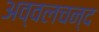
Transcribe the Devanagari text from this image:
अव्वलचन्द